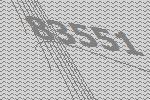
83551